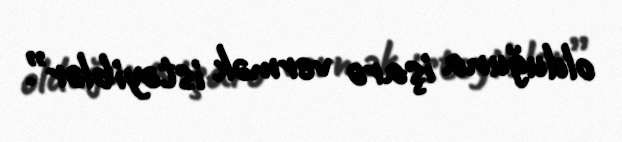
olduğuna işarə vermək istəyiblər”.